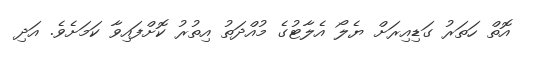
އޮތް ހަތަރު ގަޑިއިރަށް ޔެލޯ އެލާޓުގެ މުއްދަތު އިތުރު ކޮށްފައިވާ ކަމަށެވެ. އަދި